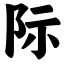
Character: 际